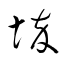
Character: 埣